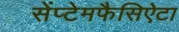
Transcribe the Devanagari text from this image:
सेंप्टेमफैसिऐटा